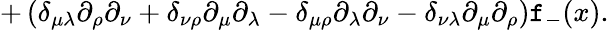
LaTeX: +\left(\delta_{\mu\lambda}\partial_{\rho}\partial_{\nu}+\delta_{\nu\rho}\partial_{\mu}\partial_{\lambda}-\delta_{\mu\rho}\partial_{\lambda}\partial_{\nu}-\delta_{\nu\lambda}\partial_{\mu}\partial_{\rho}\right)\mathtt{f}_{-}(x).